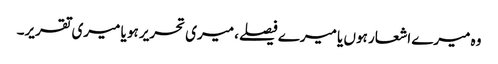
وہ میرے اشعار ہوں یا میرے فیصلے، میری تحریر ہو یا میری تقریر۔